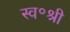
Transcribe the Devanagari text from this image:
स्व॰श्री